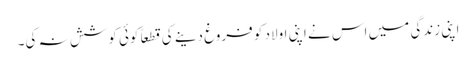
اپنی زندگی میں اس نے اپنی اولاد کو فروغ دینے کی قطعاً کوئی کوشش نہ کی۔